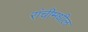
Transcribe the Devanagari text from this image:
रांचीमधील